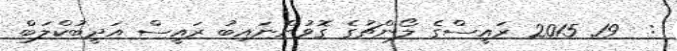
:  19